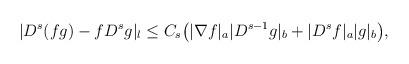
LaTeX: \begin{align*}&|D^s(fg)-f D^s g|_l\leq C_s\big(|\nabla f|_a |D^{s-1}g|_b+|D^s f|_a|g|_b\big),\end{align*}